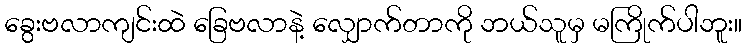
ခွေးဗလာကျင်းထဲ ခြေဗလာနဲ့ လျှောက်တာကို ဘယ်သူမှ မကြိုက်ပါဘူး။